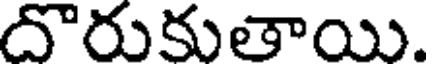
దొరుకుతాయి.